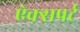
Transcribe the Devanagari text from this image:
ऐक्सपर्ट